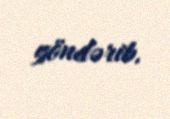
göndərib.